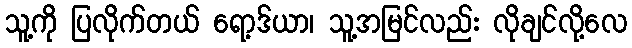
သူ့ကို ပြလိုက်တယ် ရော့ဒ်ယာ၊ သူ့အမြင်လည်း လိုချင်လို့လေ